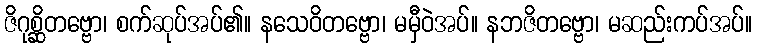
ဇိဂုစ္ဆိတဗ္ဗော၊ စက်ဆုပ်အပ်၏။ နသေဝိတဗ္ဗော၊ မမှီဝဲအပ်။ နဘဇိတဗ္ဗော၊ မဆည်းကပ်အပ်။